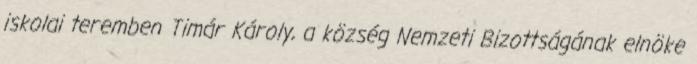
iskolai teremben Timár Károly, a község Nemzeti Bizottságának elnöke